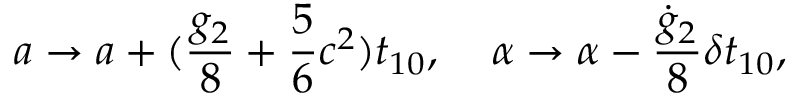
a \rightarrow a + ( \frac { g _ { 2 } } { 8 } + \frac { 5 } { 6 } c ^ { 2 } ) t _ { 1 0 } , \; \; \; \; \alpha \rightarrow \alpha - \frac { \dot { g } _ { 2 } } { 8 } \delta t _ { 1 0 } ,